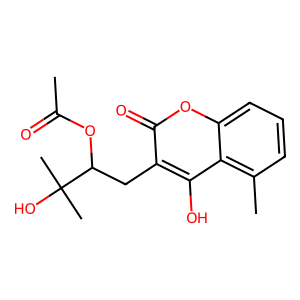
SMILES: CC(=O)OC(Cc1c(O)c2c(C)cccc2oc1=O)C(C)(C)O
Inhibits HIV replication: No